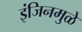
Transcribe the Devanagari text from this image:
इंजिनमुळे